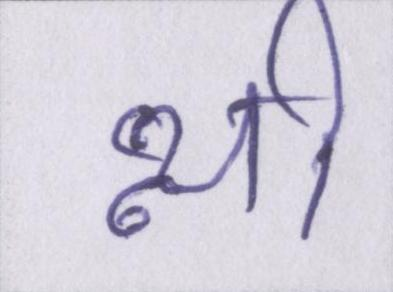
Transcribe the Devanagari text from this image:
थ्री